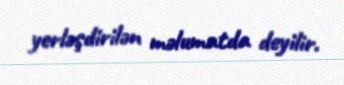
yerləşdirilən məlumatda deyilir.